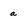
Character: a